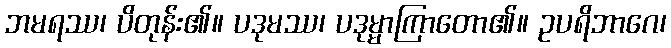
ဘမရဿ၊ ပိတုန်း၏။ ပဒုမဿ၊ ပဒုမ္မာကြာတော၏။ ဥပရိဘာဂေ၊